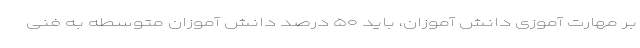
بر مهارت آموزی دانش آموزان، باید ۵۰ درصد دانش آموزان متوسطه به فنی